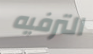
الترفيه